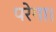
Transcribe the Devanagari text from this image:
परेगा।